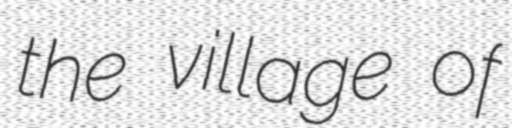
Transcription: the village of